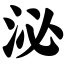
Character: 泌